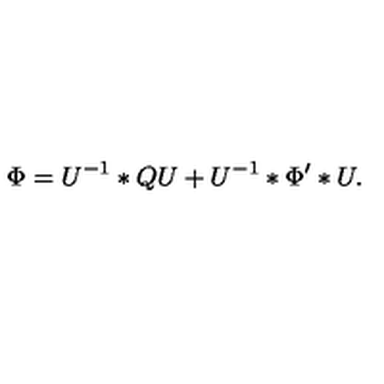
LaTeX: \Phi = U ^ { - 1 } \ast Q U + U ^ { - 1 } \ast \Phi ^ { \prime } \ast U .